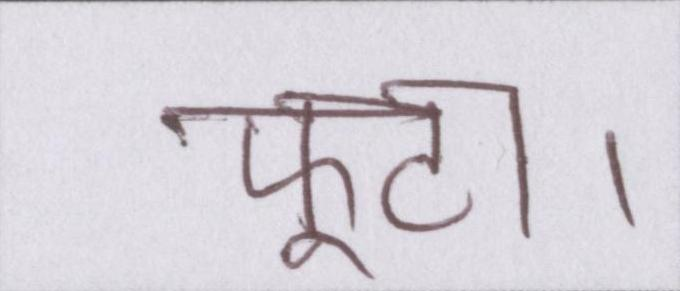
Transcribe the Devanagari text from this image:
फूटा।